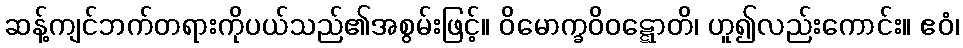
ဆန့်ကျင်ဘက်တရားကိုပယ်သည်၏အစွမ်းဖြင့်။ ဝိမောက္ခဝိဝဋ္ဋောတိ၊ ဟူ၍လည်းကောင်း။ ဧဝံ၊